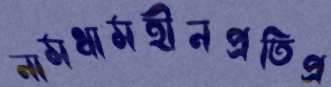
নামধামহীনপ্রতিপ্র